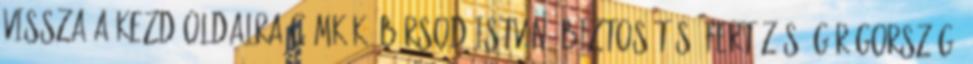
VISSZA A KEZDŐOLDALRA Címkék: Bársod IStván, biztosítás, fertőzés, Görögország,